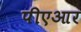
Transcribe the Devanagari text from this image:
पीएआर